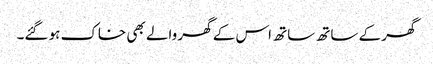
گھر کے ساتھ ساتھ اس کے گھر والے بھی خاک ہو گئے۔